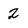
Character: 2